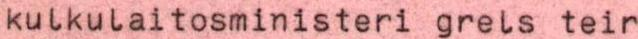
kulkulaitosministeri grels teir